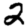
Digit: 2